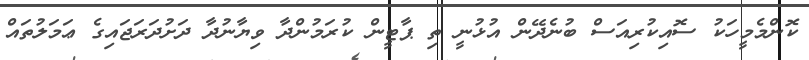
ކޮންމެމީހަކު ސޮއިކުރިއަސް ބުނެދޭން އުޅުނީ ތި ޕާޓީން ކުރަމުންދާ ވިޔާނުދާ ދަށުދަރަޖައިގެ ޢަމަލުތައް